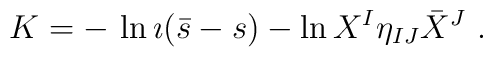
K  = - \, \ln \imath (\bar{s} - s) - \ln{X^I\eta_{IJ} \bar X^J} \ .